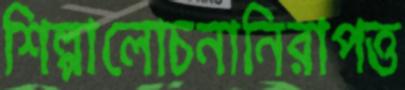
শিল্পালোচনানিরাপত্ত